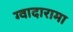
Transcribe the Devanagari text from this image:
ग्वादारामा